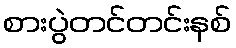
စားပွဲတင်တင်းနစ်